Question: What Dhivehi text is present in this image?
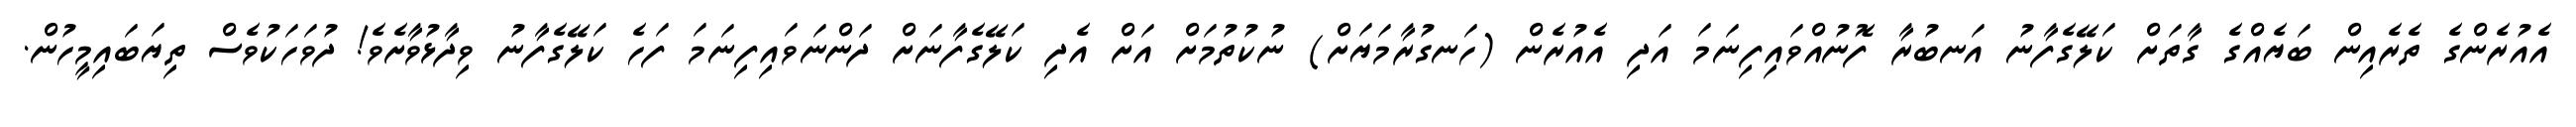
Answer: އެއުރެންގެ ތެރެއިން ބަޔެއްގެ ގާތަށް ކަލޭގެފާނު އަނބުރާ ފޮނުއްވައިފިނަމަ އަދި އެއުރެން (ހަނގުރާމަޔަށް) ނުކުތުމަށް އަށް އެދި ކަލޭގެފާނަށް ދަންނަވައިފިނަމަ ފަހެ ކަލޭގެފާނު ވިދާޅުވާށެވެ! ދުވަހަކުވެސް ތިޔަބައިމީހުން.